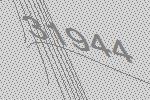
31944